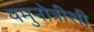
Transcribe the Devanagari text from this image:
यमुनोत्रीशी